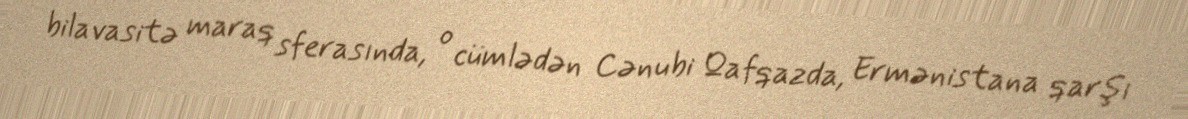
bilavasitə maraq sferasında, o cümlədən Cənubi Qafqazda, Ermənistana qarşı